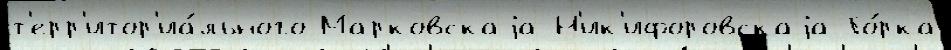
т'ерр'итор'иа́льного Марковскаjа Н'ик'ифоровскаjа Го́рка